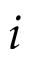
i